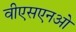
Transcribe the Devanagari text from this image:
वीएसएनओ